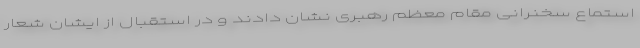
استماع سخنرانی مقام معظم رهبری نشان دادند و در استقبال از ایشان شعار